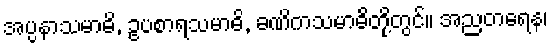
အပ္ပနာသမာဓိ, ဥပစာရသမာဓိ, ခဏိကသမာဓိတို့တွင်။ အညတရေန၊